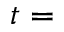
t =